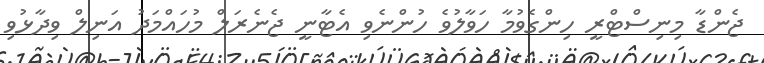
ޖެންޑާ މިނިސްޓްރީ ހިންގެވުމާ ހަވާލުވެ ހުންނެވި އެޓާނީ ޖެނެރަލް މުހައްމަދު އަނިލް ވިދާޅުވި